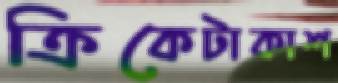
ক্রিকেটাকাশ